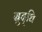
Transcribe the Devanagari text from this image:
बुद्‌धि